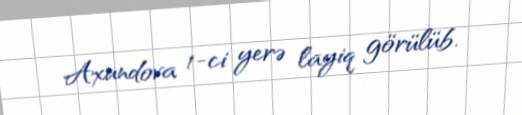
Axundova 1-ci yerə layiq görülüb.